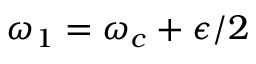
\omega _ { 1 } = \omega _ { c } + \epsilon / 2